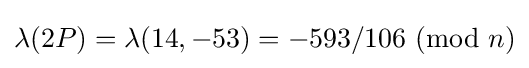
\lambda (2P)=\lambda (14,-53)=-593/106\ (\mathrm {mod} \ n)